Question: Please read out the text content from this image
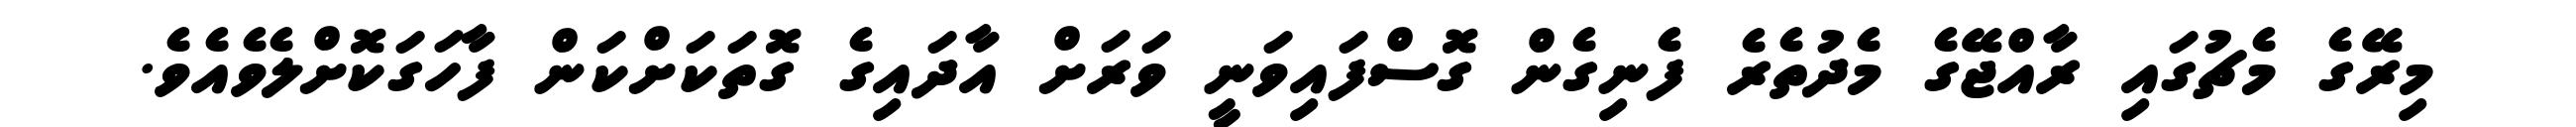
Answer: މިރޭގެ މެޗުގައި ރާއްޖޭގެ މެދުތެރެ ފެނިގެން ގޮސްފައިވަނީ ވަރަށް އާދައިގެ ގޮތަކަށްކަން ފާހަގަކޮށްލެވެއެވެ.